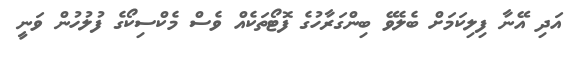
އަދި އޭނާ ފިލިކަމަށް ބެލެވޭ ބިންގަރާހުގެ ފޮޓޯތަކެއް ވެސް މެކްސިކޯގެ ފުލުހުން ވަނީ